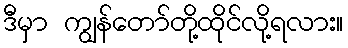
ဒီမှာ ကျွန်တော်တို့ထိုင်လို့ရလား။